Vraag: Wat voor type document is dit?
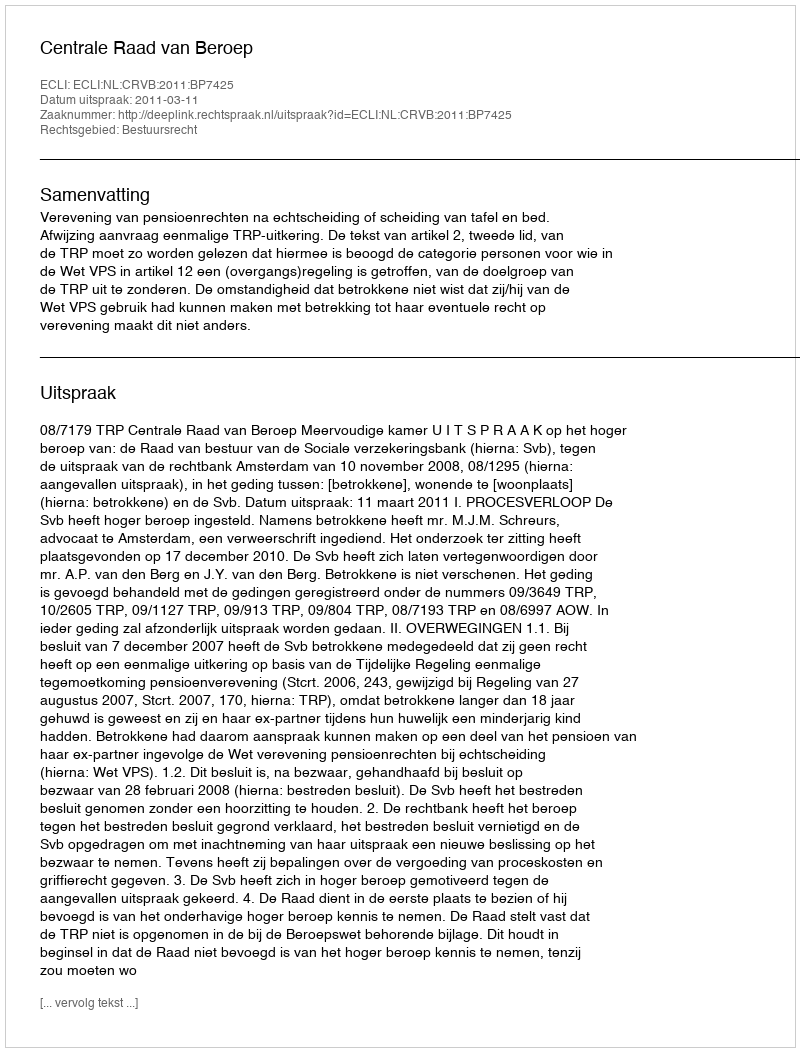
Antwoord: Uitspraak